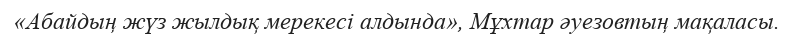
«Абайдың жүз жылдық мерекесі алдында», Мұхтар әуезовтың мақаласы.